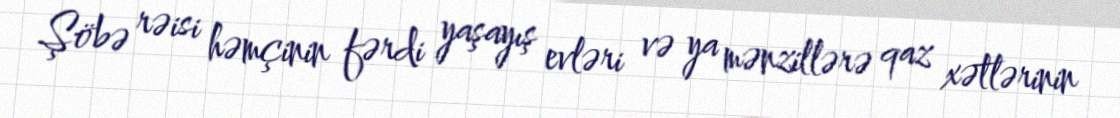
Şöbə rəisi həmçinin fərdi yaşayış evləri və ya mənzillərə qaz xətlərinin